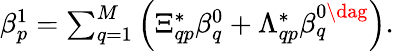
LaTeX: \begin{array}{r}{\beta_{p}^{1}=\sum_{q=1}^{M}\left(\Xi_{qp}^{*}\beta_{q}^{0}+\Lambda_{qp}^{*}\beta_{q}^{0\dag}\right).}\end{array}